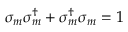
\sigma _ { m } ^ { \vphantom { \dag } } \sigma _ { m } ^ { \dag } + \sigma _ { m } ^ { \dag } \sigma _ { m } ^ { \vphantom { \dag } } = 1